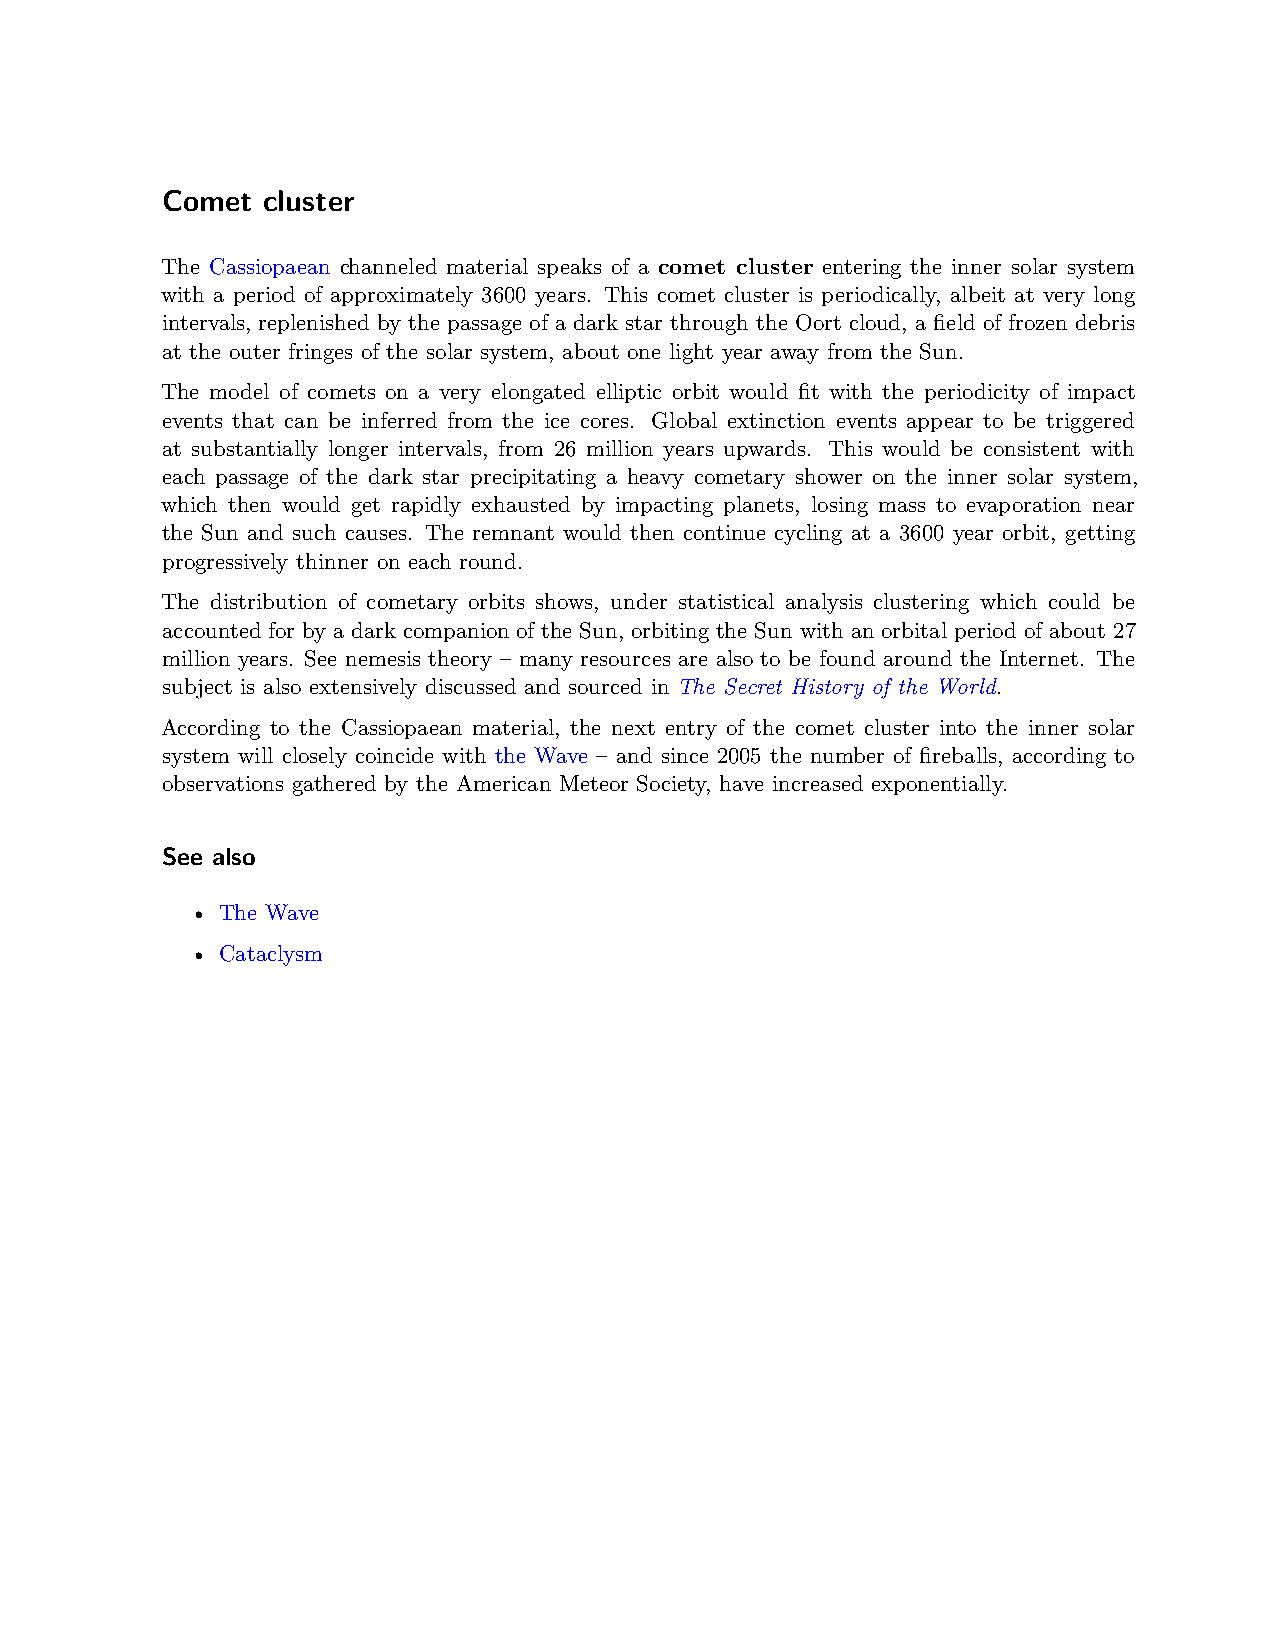
Comet cluster
 The Cassiopaean channeled material speaks of a comet cluster entering the inner solar system
 with a period of approximately 3600 years. This comet cluster is periodically, albeit at very long
 intervals, replenished by the passage of a dark star through the Oort cloud, a field of frozen debris
 at the outer fringes of the solar system, about one light year away from the Sun.
 The model of comets on a very elongated elliptic orbit would fit with the periodicity of impact
 events that can be inferred from the ice cores. Global extinction events appear to be triggered
 at substantially longer intervals, from 26 million years upwards. This would be consistent with
 each passage of the dark star precipitating a heavy cometary shower on the inner solar system,
 which then would get rapidly exhausted by impacting planets, losing mass to evaporation near
 the Sun and such causes. The remnant would then continue cycling at a 3600 year orbit, getting
 progressively thinner on each round.
 The distribution of cometary orbits shows, under statistical analysis clustering which could be
 accounted for by a dark companion of the Sun, orbiting the Sun with an orbital period of about 27
 million years. See nemesis theory – many resources are also to be found around the Internet. The
 subject is also extensively discussed and sourced in The Secret History of the World.
 According to the Cassiopaean material, the next entry of the comet cluster into the inner solar
 system will closely coincide with the Wave – and since 2005 the number of fireballs, according to
 observations gathered by the American Meteor Society, have increased exponentially.
 See also
 • The Wave
 • Cataclysm